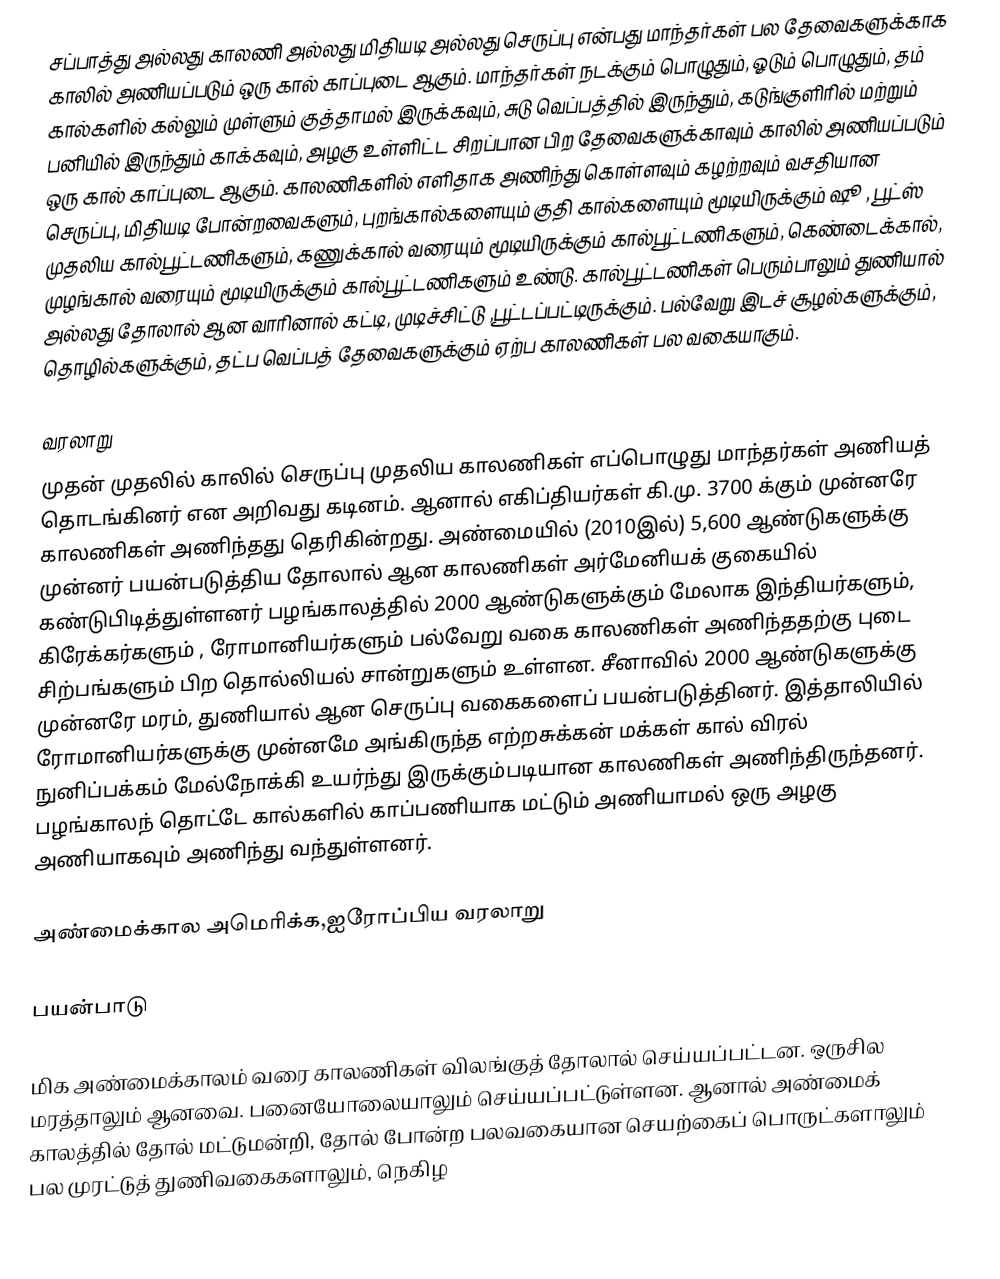
சப்பாத்து அல்லது  காலணி அல்லது மிதியடி அல்லது செருப்பு என்பது மாந்தர்கள் பல தேவைகளுக்காக காலில் அணியப்படும் ஒரு கால் காப்புடை ஆகும். மாந்தர்கள் நடக்கும் பொழுதும், ஓடும் பொழுதும், தம் கால்களில் கல்லும் முள்ளும் குத்தாமல் இருக்கவும், சுடு வெப்பத்தில் இருந்தும், கடுங்குளிரில் மற்றும் பனியில் இருந்தும் காக்கவும், அழகு உள்ளிட்ட சிறப்பான பிற தேவைகளுக்காவும் காலில் அணியப்படும் ஒரு கால் காப்புடை ஆகும். காலணிகளில் எளிதாக அணிந்து கொள்ளவும் கழற்றவும் வசதியான செருப்பு, மிதியடி போன்றவைகளும், புறங்கால்களையும் குதி கால்களையும் மூடியிருக்கும் ஷூ , பூட்ஸ் முதலிய கால்பூட்டணிகளும், கணுக்கால் வரையும் மூடியிருக்கும் கால்பூட்டணிகளும், கெண்டைக்கால், முழங்கால் வரையும் மூடியிருக்கும் கால்பூட்டணிகளும் உண்டு. கால்பூட்டணிகள் பெரும்பாலும் துணியால் அல்லது தோலால் ஆன வாரினால் கட்டி, முடிச்சிட்டு ,பூட்டப்பட்டிருக்கும். பல்வேறு இடச் சூழல்களுக்கும், தொழில்களுக்கும், தட்ப வெப்பத் தேவைகளுக்கும் ஏற்ப காலணிகள் பல வகையாகும்.

வரலாறு
முதன் முதலில் காலில் செருப்பு முதலிய காலணிகள் எப்பொழுது மாந்தர்கள் அணியத் தொடங்கினர் என அறிவது கடினம். ஆனால் எகிப்தியர்கள் கி.மு. 3700 க்கும் முன்னரே காலணிகள் அணிந்தது தெரிகின்றது. அண்மையில் (2010இல்) 5,600 ஆண்டுகளுக்கு முன்னர் பயன்படுத்திய தோலால் ஆன காலணிகள் அர்மேனியக் குகையில் கண்டுபிடித்துள்ளனர் பழங்காலத்தில் 2000 ஆண்டுகளுக்கும் மேலாக இந்தியர்களும், கிரேக்கர்களும் , ரோமானியர்களும் பல்வேறு வகை காலணிகள் அணிந்ததற்கு புடை சிற்பங்களும் பிற தொல்லியல் சான்றுகளும் உள்ளன. சீனாவில் 2000 ஆண்டுகளுக்கு முன்னரே மரம், துணியால் ஆன செருப்பு வகைகளைப் பயன்படுத்தினர். இத்தாலியில் ரோமானியர்களுக்கு முன்னமே அங்கிருந்த எற்றசுக்கன் மக்கள் கால் விரல் நுனிப்பக்கம் மேல்நோக்கி உயர்ந்து இருக்கும்படியான காலணிகள் அணிந்திருந்தனர். பழங்காலந் தொட்டே கால்களில் காப்பணியாக மட்டும் அணியாமல் ஒரு அழகு அணியாகவும் அணிந்து வந்துள்ளனர்.

அண்மைக்கால அமெரிக்க,ஐரோப்பிய வரலாறு

பயன்பாடு

மிக அண்மைக்காலம் வரை காலணிகள் விலங்குத் தோலால் செய்யப்பட்டன. ஒருசில மரத்தாலும் ஆனவை. பனையோலையாலும் செய்யப்பட்டுள்ளன. ஆனால் அண்மைக் காலத்தில் தோல் மட்டுமன்றி, தோல் போன்ற பலவகையான செயற்கைப் பொருட்களாலும் பல முரட்டுத் துணிவகைகளாலும், நெகிழ